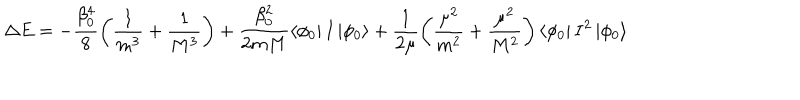
\Delta E = - \frac { \beta _ { 0 } ^ { 4 } } 8 \left( \frac 1 { m ^ { 3 } } + \frac 1 { M ^ { 3 } } \right) + \frac { \beta _ { 0 } ^ { 2 } } { 2 m M } \left< \phi _ { 0 } \right| I \left| \phi _ { 0 } \right> + \frac 1 { 2 \mu } \left( \frac { \mu ^ { 2 } } { m ^ { 2 } } + \frac { \mu ^ { 2 } } { M ^ { 2 } } \right) \left< \phi _ { 0 } \right| I ^ { 2 } \left| \phi _ { 0 } \right>